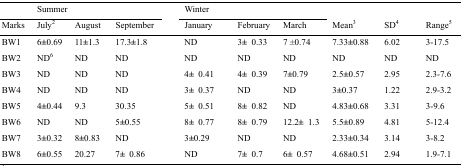
<table><thead><tr><td></td><td colspan="3"><b>Summer</b></td><td colspan="3"><b>Winter</b></td><td rowspan="2" colspan="3"></td></tr><tr><td><b>Marks</b></td><td><b>July<sup>2</sup></b></td><td><b>August</b></td><td><b>September</b></td><td><b>January</b></td><td><b>February</b></td><td><b>March</b></td><td><b>Mean<sup>3</sup></b></td><td><b>SD<sup>4</sup></b></td><td><b>Range<sup>5</sup></b></td></tr></thead><tbody><tr><td>BW1</td><td>6±0.69</td><td>11±1.3</td><td>17.3±1.8</td><td>ND</td><td>3±0.33</td><td>7±0.74</td><td>7.33±0.88</td><td>6.02</td><td>3-17.5</td></tr><tr><td>BW2</td><td>ND<sup>6</sup></td><td>ND</td><td>ND</td><td>ND</td><td>ND</td><td>ND</td><td>ND</td><td>ND</td><td>ND</td></tr><tr><td>BW3</td><td>ND</td><td>ND</td><td>ND</td><td>4±0.41</td><td>4±0.39</td><td>7±0.79</td><td>2.5±0.57</td><td>2.95</td><td>2.3-7.6</td></tr><tr><td>BW4</td><td>ND</td><td>ND</td><td>ND</td><td>3±0.37</td><td>ND</td><td>ND</td><td>3±0.37</td><td>1.22</td><td>2.9-3.2</td></tr><tr><td>BW5</td><td>4±0.44</td><td>9.3</td><td>30.35</td><td>5±0.51</td><td>8±0.82</td><td>ND</td><td>4.83±0.68</td><td>3.31</td><td>3-9.6</td></tr><tr><td>BW6</td><td>ND</td><td>ND</td><td>5±0.55</td><td>8±0.77</td><td>8±0.79</td><td>12.2±1.3</td><td>5.5±0.89</td><td>4.81</td><td>5-12.4</td></tr><tr><td>BW7</td><td>3±0.32</td><td>8±0.83</td><td>ND</td><td>3±0.29</td><td>ND</td><td>ND</td><td>2.33±0.34</td><td>3.14</td><td>3-8.2</td></tr><tr><td>BW8</td><td>6±0.55</td><td>20.27</td><td>7±0.86</td><td>ND</td><td>7±0.7</td><td>6±0.57</td><td>4.68±0.51</td><td>2.94</td><td>1.9-7.1</td></tr></tbody></table>